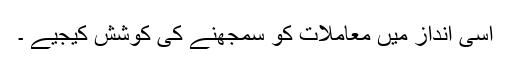
اسی انداز میں معاملات کو سمجھنے کی کوشش کیجیے ۔